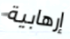
إرهابية